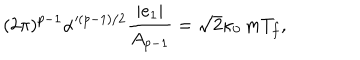
( 2 \pi ) ^ { p - 1 } \alpha ^ { ( p - 1 ) / 2 } \frac { | e _ { 1 } | } { A _ { p - 1 } } = \sqrt { 2 } \kappa _ { 0 } \, m T _ { f } ,